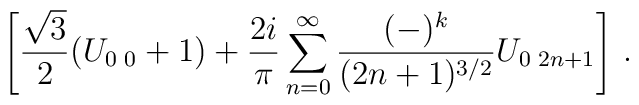
\left[ \frac{\sqrt{3}}{2} ( U_{0\,\,0} + 1) +\frac{2i}{\pi}\sum_{n=0}^{\infty}\frac{(-)^k}{(2n+1)^{3/2}} U_{0\,\,2n+1} \right]  \, .